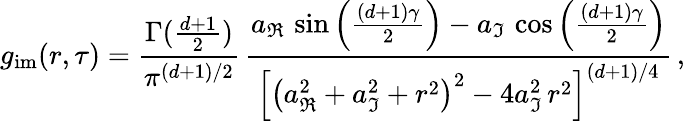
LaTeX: g_{\mathrm{im}}(r,\tau)=\frac{\Gamma(\frac{d+1}{2})}{\pi^{(d+1)/2}}\, \frac{a_{\Re}\, \sin\left(\frac{(d+1)\gamma}{2}\right)-a_{\Im}\, \cos\left(\frac{(d+1)\gamma}{2}\right)}{\left[\left(a_{\Re}^{2}+a_{\Im}^{2}+r^{2}\right)^{2}-4a_{\Im}^{2}\, r^{2}\right]^{(d+1)/4}}\, ,